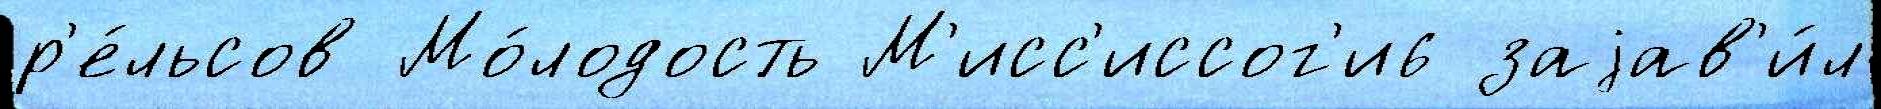
р'е́льсов Мо́лодость М'исс'иссог'и6 заjав'и́л